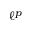
\ell ^ { p }